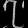
Digit: ၇